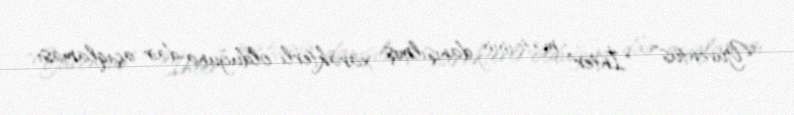
"Yuventus" - "İnter" matçının danışılmış xarakterli olduğuna dair açıqlaması